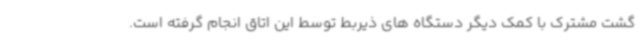
گشت مشترک با کمک دیگر دستگاه های ذیربط توسط این اتاق انجام گرفته است.